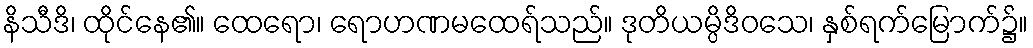
နိသီဒိ၊ ထိုင်နေ၏။ ထေရော၊ ရောဟဏမထေရ်သည်။ ဒုတိယမ္ပိဒိဝသေ၊ နှစ်ရက်မြောက်၌။